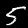
Digit: 5